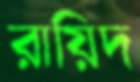
রায়িদ